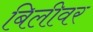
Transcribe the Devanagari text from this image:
बिलीवर